Vaccination North-Western Provinces 1866-1877 - 1866-1877
Year: 1866
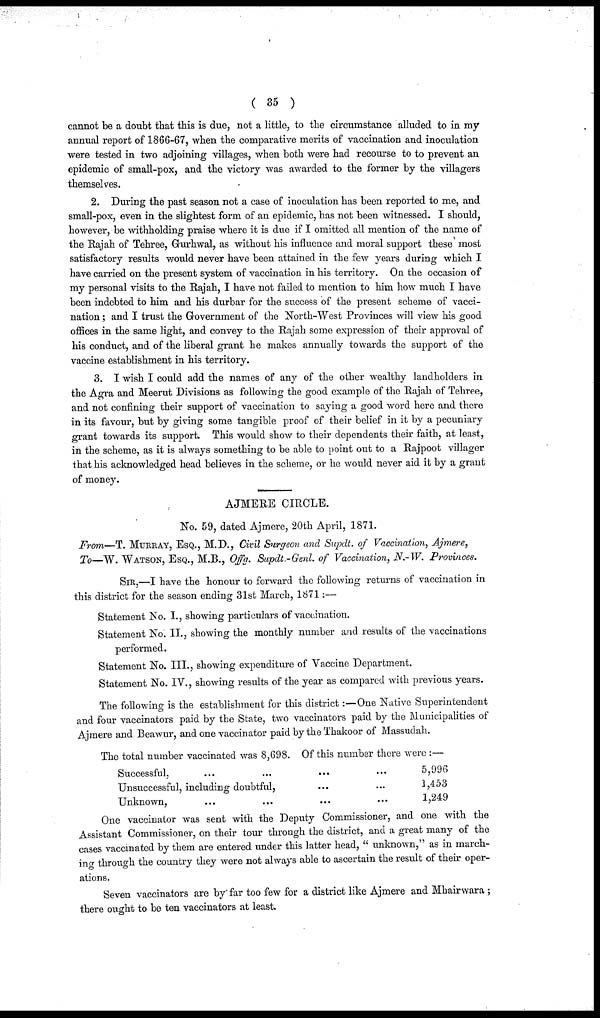
( 35 )
cannot be a doubt that this is due, not a little, to the circumstance alluded to in my
annual report of 1866-67, when the comparative merits of vaccination and inoculation
were tested in two adjoining villages, when both were had recourse to to prevent an
epidemic of small-pox, and the victory was awarded to the former by the villagers
themselves.
2. During the past season not a case of inoculation has been reported to me, and
small-pox, even in the slightest form of an epidemic, has not been witnessed. I should,
however, be withholding praise where it is due if I omitted all mention of the name of
the Rajah of Tehree, Gurhwal, as without his influence and moral support these most
satisfactory results would never have been attained in the few years during which I
have carried on the present system of vaccination in his territory. On the occasion of
my personal visits to the Rajah, I have not failed to mention to him how much I have
been indebted to him and his durbar for the success of the present scheme of vacci-
nation ; and I trust the Government of the North-West Provinces will view his good
offices in the same light, and convey to the Rajah some expression of their approval of
his conduct, and of the liberal grant he makes annually towards the support of the
vaccine establishment in his territory.
3. I wish I could add the names of any of the other wealthy landholders in
the Agra and Meerut Divisions as following the good example of the Rajah of Tehree,
and not confining their support of vaccination to saying a good word here and there
in its favour, but by giving some tangible proof of their belief in it by a pecuniary
grant towards its support. This would show to their dependents their faith, at least,
in the scheme, as it is always something to be able to point out to a Rajpoot villager
that his acknowledged head believes in the scheme, or he would never aid it by a grant
of money.
AJMERE CIRCLE.
No. 59, dated Ajmere, 20th April, 1871.
From—T. MURRAY, ESQ., M.D., Civil Surgeon and Supdt. of Vaccination, Ajmere,
To—W. WATSON, ESQ., M.B., Offg. Supdt.-Genl. of Vaccination, N.-W. Provinces.
SIR,—I have the honour to forward the following returns of vaccination in
this district for the season ending 31st March, 1871:—
Statement No. I., showing particulars of vaccination.
Statement No. II., showing the monthly number and results of the vaccinations
performed.
Statement No. III., showing expenditure of Vaccine Department.
Statement No. IV., showing results of the year as compared with previous years.
The following is the establishment for this district:—One Native Superintendent
and four vaccinators paid by the State, two vaccinators paid by the Municipalities of
Ajmere and Beawur, and one vaccinator paid by the Thakoor of Massudah.
The total number vaccinated was 8,698. Of this number there were :—
Successful, ... ... ...
Unsuccessful, including doubtful, ... ...
Unknown, ... ... ...
5,996
1,453
1,249
One vaccinator was sent with the Deputy Commissioner, and one with the
Assistant Commissioner, on their tour through the district, and a great many of the
cases vaccinated by them are entered under this latter head, " unknown," as in march¬
ing through the country they were not always able to ascertain the result of their oper-
ations.
Seven vaccinators are by far too few for a district like Ajmere and Mhairwara ;
there ought to be ten vaccinators at least.